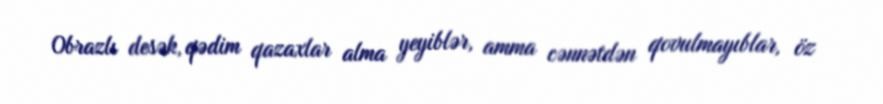
Obrazlı desək, qədim qazaxlar alma yeyiblər, amma cənnətdən qovulmayıblar, öz